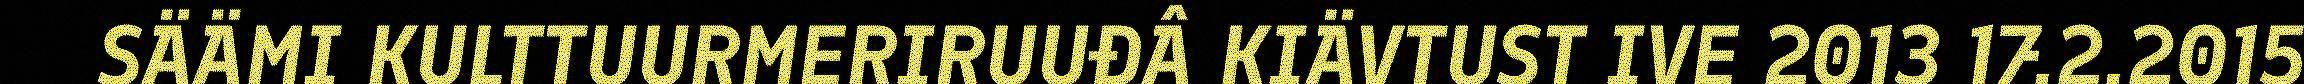
SÄÄMI KULTTUURMERIRUUĐÂ KIÄVTUST IVE 2013 17.2.2015